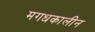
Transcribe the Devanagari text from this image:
मगधकालीन